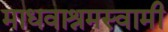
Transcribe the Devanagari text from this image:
माधवाश्रमस्वामी